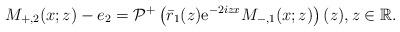
LaTeX: \begin{align*}M_{+,2}(x ;z)-e_{2}=\mathcal{P}^+\left(\bar{r}_1(z) \mathrm{e}^{-2iz x} M_{-,1}(x; z)\right)(z), z \in\mathbb{R}.\end{align*}